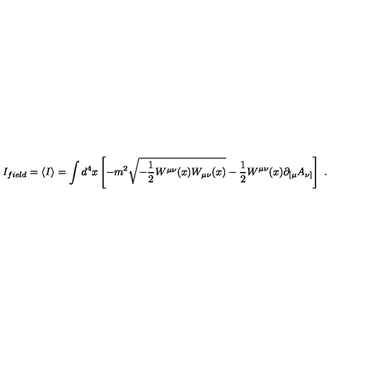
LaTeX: I _ { f i e l d } = \langle I \rangle = \int d ^ { 4 } x \left[ - m ^ { 2 } \sqrt { - { \frac { 1 } { 2 } } W ^ { \mu \nu } ( x ) W _ { \mu \nu } ( x ) } - { \frac { 1 } { 2 } } W ^ { \mu \nu } ( x ) \partial _ { [ \mu } A _ { \nu ] } \right] \ .